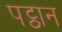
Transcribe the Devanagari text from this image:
पट्ठान